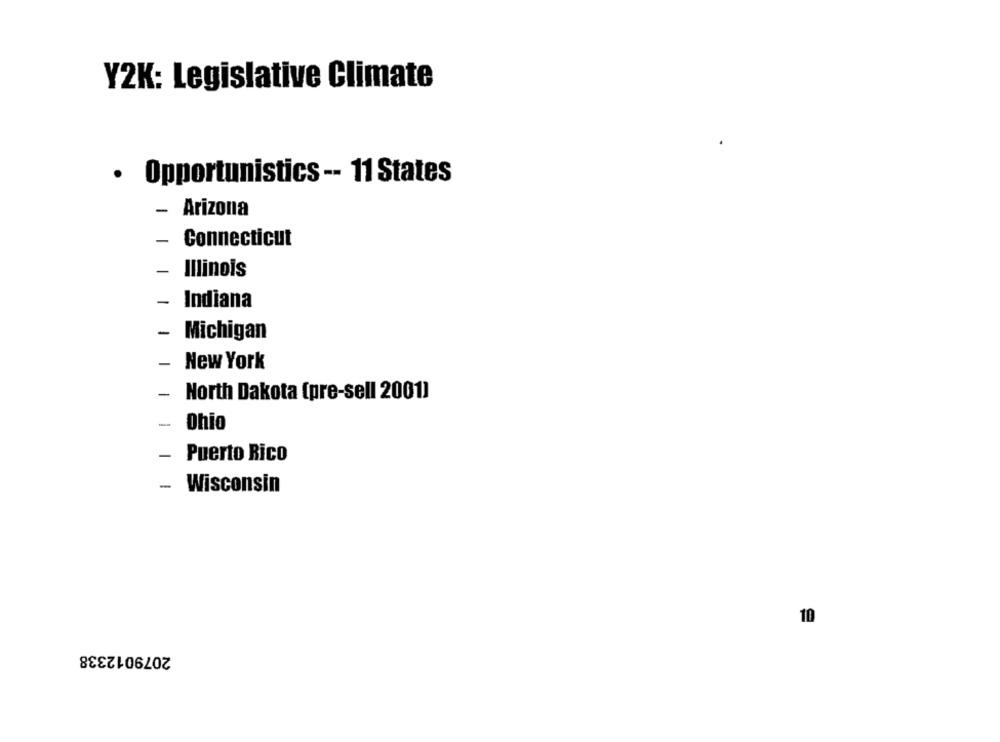
Y2K: Legislative Climate
· Opportunistics -- 11 States
- Arizona
- Connecticut
- Illinois
- Indiana
-
Michigan
-
New York
-
North Dakota (pre-sell 2001)
-
Ohio
-
Puerto Rico
- Wisconsin
10
2079012338